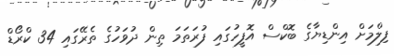
ފިލްމަށް އިންޑިޔާގެ ބޮކްސް އޮފީހުގައި ފުރަތަމަ ތިން ދުވަހުގެ ތެރޭގައި 34 ކްރޯޑް